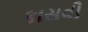
કાસવી